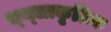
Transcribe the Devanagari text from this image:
स्थ्लाकृतिक